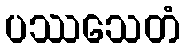
ပဿသေတံ